Annual administration report of the Civil Veterinary Department, Ajmere-Merwara, British Rajputana - 1914-1940
Year: 1914
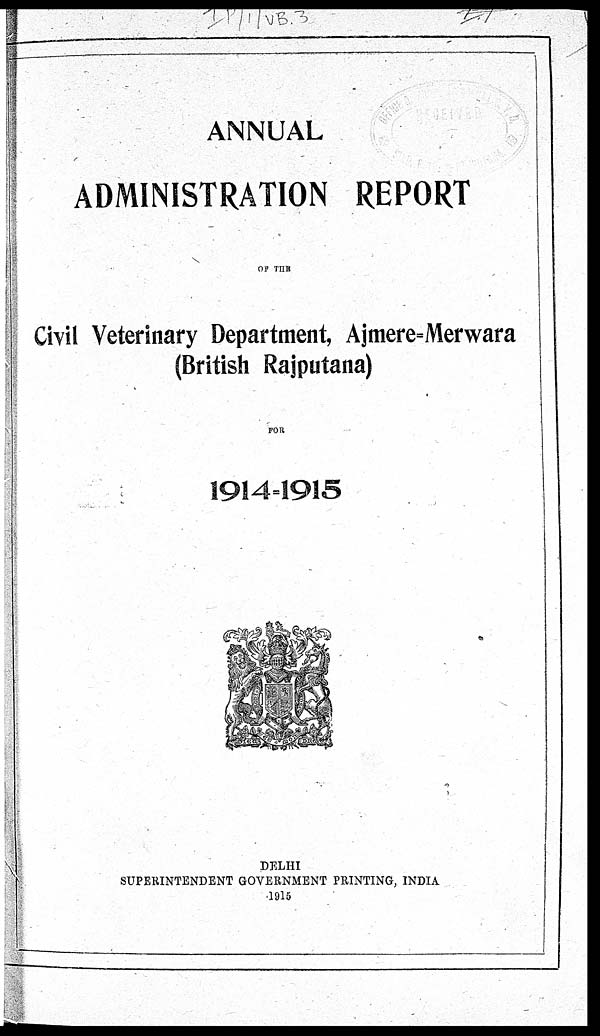
ANNUAL
ADMINISTRATION REPORT
OF THE
Civil Veterinary Department, Ajmere=Merwara
(British Rajputana)
FOR
1914-1915
DELHI
SUPERINTENDENT GOVERNMENT PRINTING, INDIA
1915